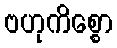
ဗဟုကိစ္စော